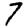
Digit: 7